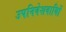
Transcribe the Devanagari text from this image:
उपनिवेशवायिों